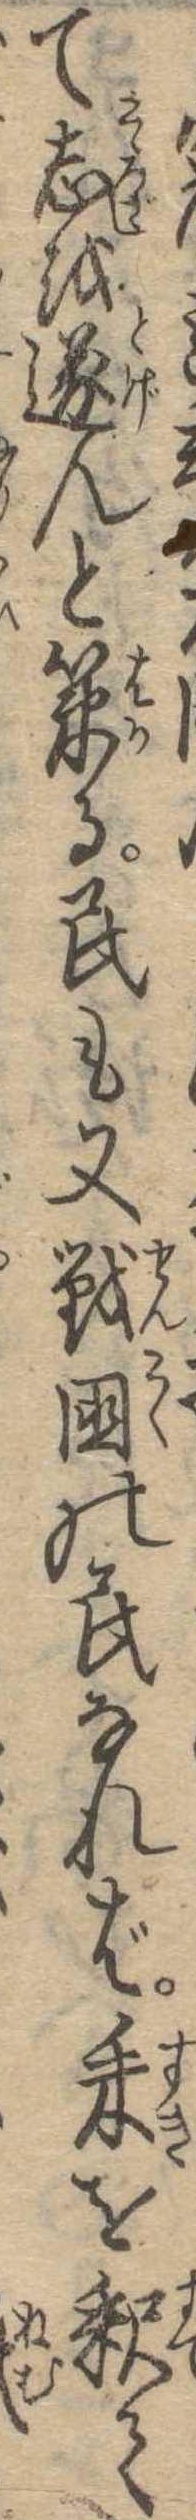
て志を遂んと策る民も又戦国の民なれば耒を釈て